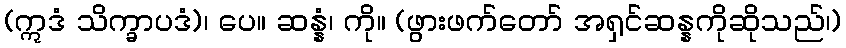
(ဣဒံ သိက္ခာပဒံ)၊ ပေ။ ဆန္နံ၊ ကို။ (ဖွားဖက်တော် အရှင်ဆန္နကိုဆိုသည်၊)